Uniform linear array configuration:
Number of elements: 48
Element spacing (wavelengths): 0.5
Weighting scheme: hann
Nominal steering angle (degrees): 45
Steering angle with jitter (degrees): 45.129
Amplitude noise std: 0.05
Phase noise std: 0.05

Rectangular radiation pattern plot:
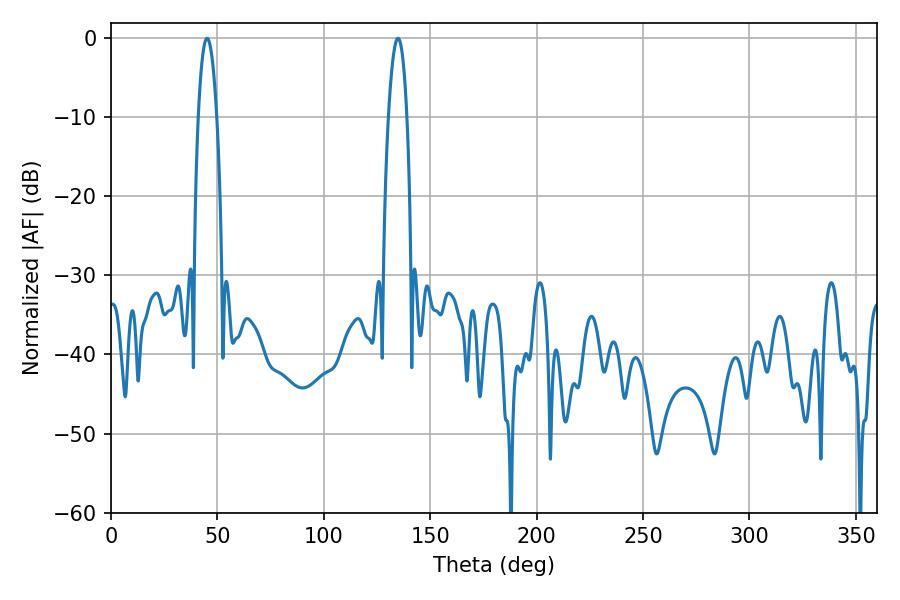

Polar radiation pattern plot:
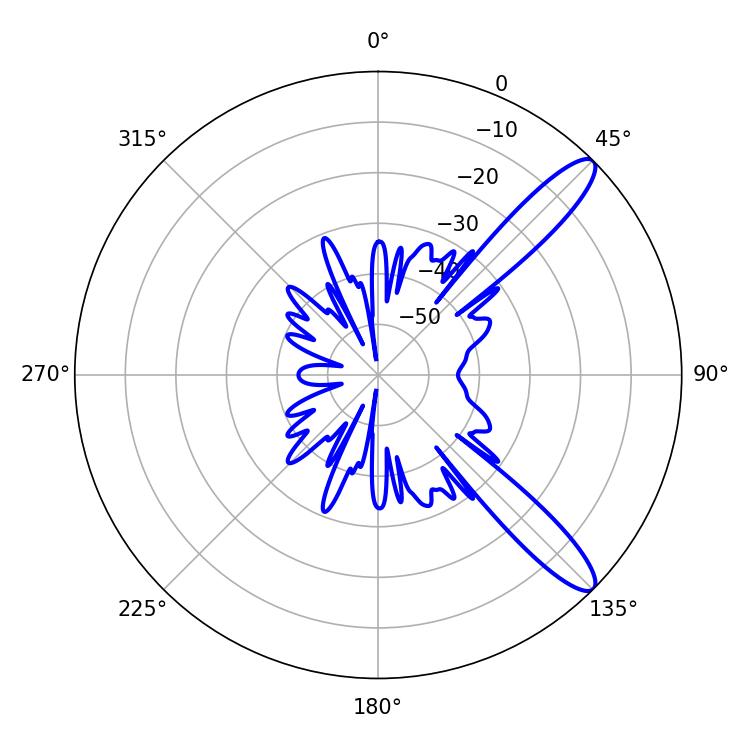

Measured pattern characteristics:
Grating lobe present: FALSE
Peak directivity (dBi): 11.908
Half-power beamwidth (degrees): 4.86
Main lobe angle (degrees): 45.18